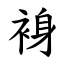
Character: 裑